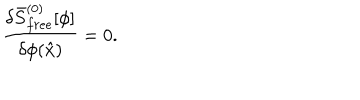
{ \frac { \delta \bar { S } _ { f r e e } ^ { ( 0 ) } [ \phi ] } { \delta \phi ( \hat { x } ) } } = 0 .